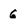
Character: g